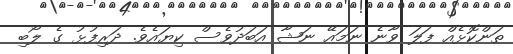
ތަންކޮޅެއް ފަލަ ވާނެ ނަމައޭ ނަޝާ އަބަދުވެސް ކިޔައެވެ. ދަރިފުޅު ގެ ލޯބި